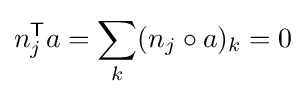
n_{j}^{\textsf {T}}a=\sum _{k}(n_{j}\circ a)_{k}=0